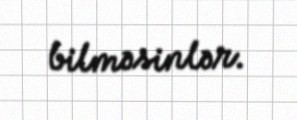
bilməsinlər.